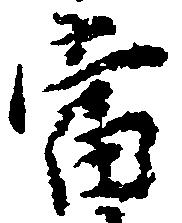
当